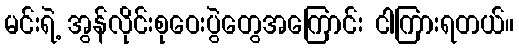
မင်းရဲ့ အွန်လိုင်းစုဝေးပွဲတွေအကြောင်း ငါကြားရတယ်။